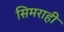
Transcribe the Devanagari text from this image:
सिमराही